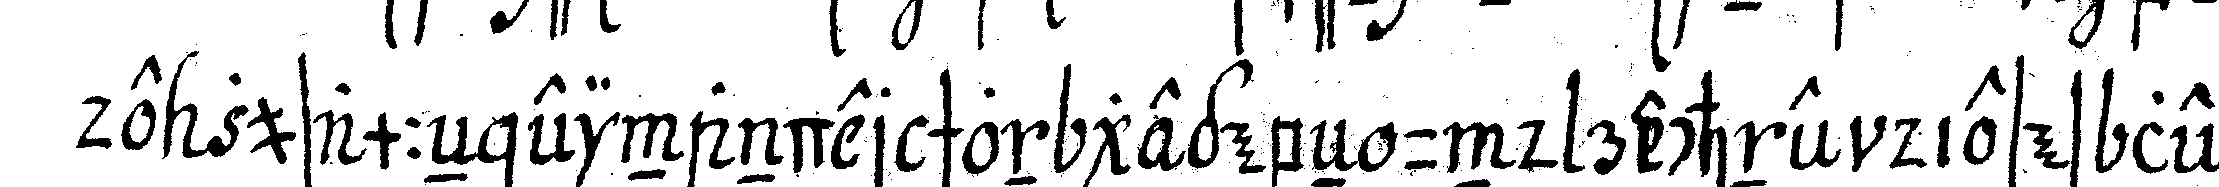
de zusammeN einander schon gegebeN und rechne dieses letz